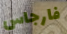
فارجاس